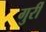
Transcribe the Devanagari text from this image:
गुर्री